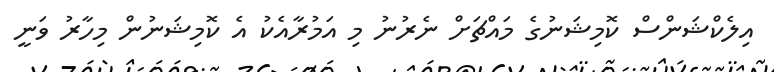
އިލެކްޝަންސް ކޮމިޝަނުގެ މައްޗަށް ނެރުނު މި އަމުރާއެކު އެ ކޮމިޝަނުން މިހާރު ވަނީ